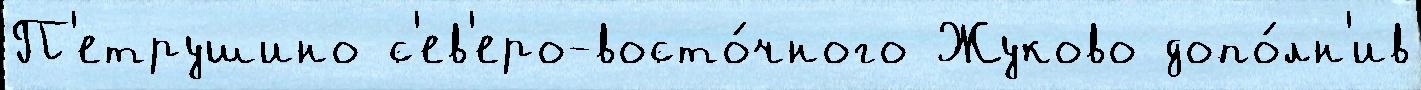
П'етрушино с'ев'еро-восто́чного Жуково допо́лн'ив